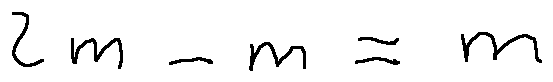
2 m - m = m